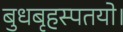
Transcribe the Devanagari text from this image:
बुधबृहस्पतयो।